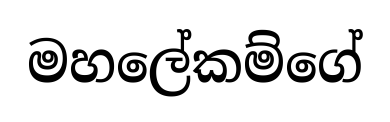
මහලේකම්ගේ